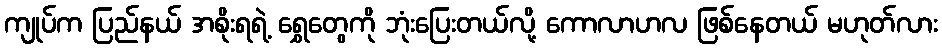
ကျုပ်က ပြည်နယ် အစိုးရရဲ့ ရွှေတွေကို ဘုံးပြေးတယ်လို့ ကောလာဟလ ဖြစ်နေတယ် မဟုတ်လား